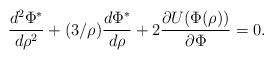
LaTeX: \begin{align*}\frac{d^2 \Phi^*}{d \rho^2} + (3/\rho) \frac{ d \Phi^*}{d \rho} +2\frac{\partial U(\Phi(\rho))}{\partial \Phi} =0. \end{align*}